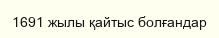
1691 жылы қайтыс болғандар